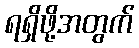
ရရှိဖို့အတွက်